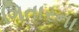
ગિતારના